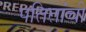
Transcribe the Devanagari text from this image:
पतितांची